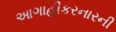
આગાહીકરનારની